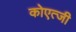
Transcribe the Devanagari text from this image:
कोएत्जी